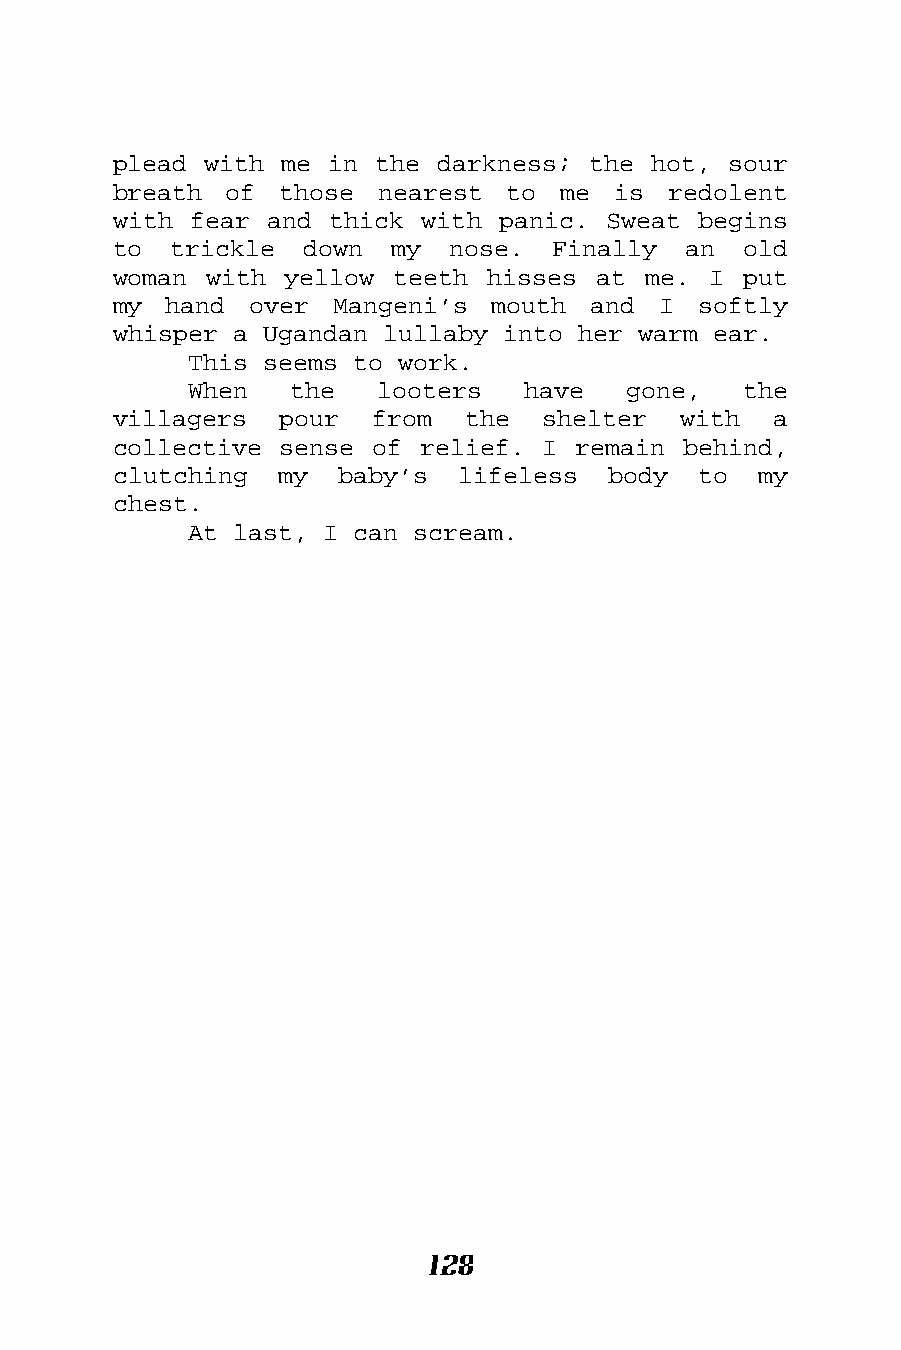
plead with me in the darkness; the hot,  sour
 breath of  those nearest  to  me is  redolent
 with fear and thick with panic. Sweat  begins
 to  trickle down  my  nose.  Finally  an  old
 woman with yellow teeth  hisses at me. I  put
 my hand  over Mangeni’s  mouth and  I  softly
 whisper a Ugandan lullaby into her warm ear.
 This seems to work.
 When   the  looters   have   gone,   the
 villagers  pour  from  the  shelter  with   a
 collective sense of relief. I remain  behind,
 clutching  my  baby’s  lifeless  body  to  my
 chest.
 At last, I can scream.
 128